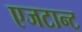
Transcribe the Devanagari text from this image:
एजटान्ट